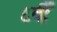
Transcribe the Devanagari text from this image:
८वीँ